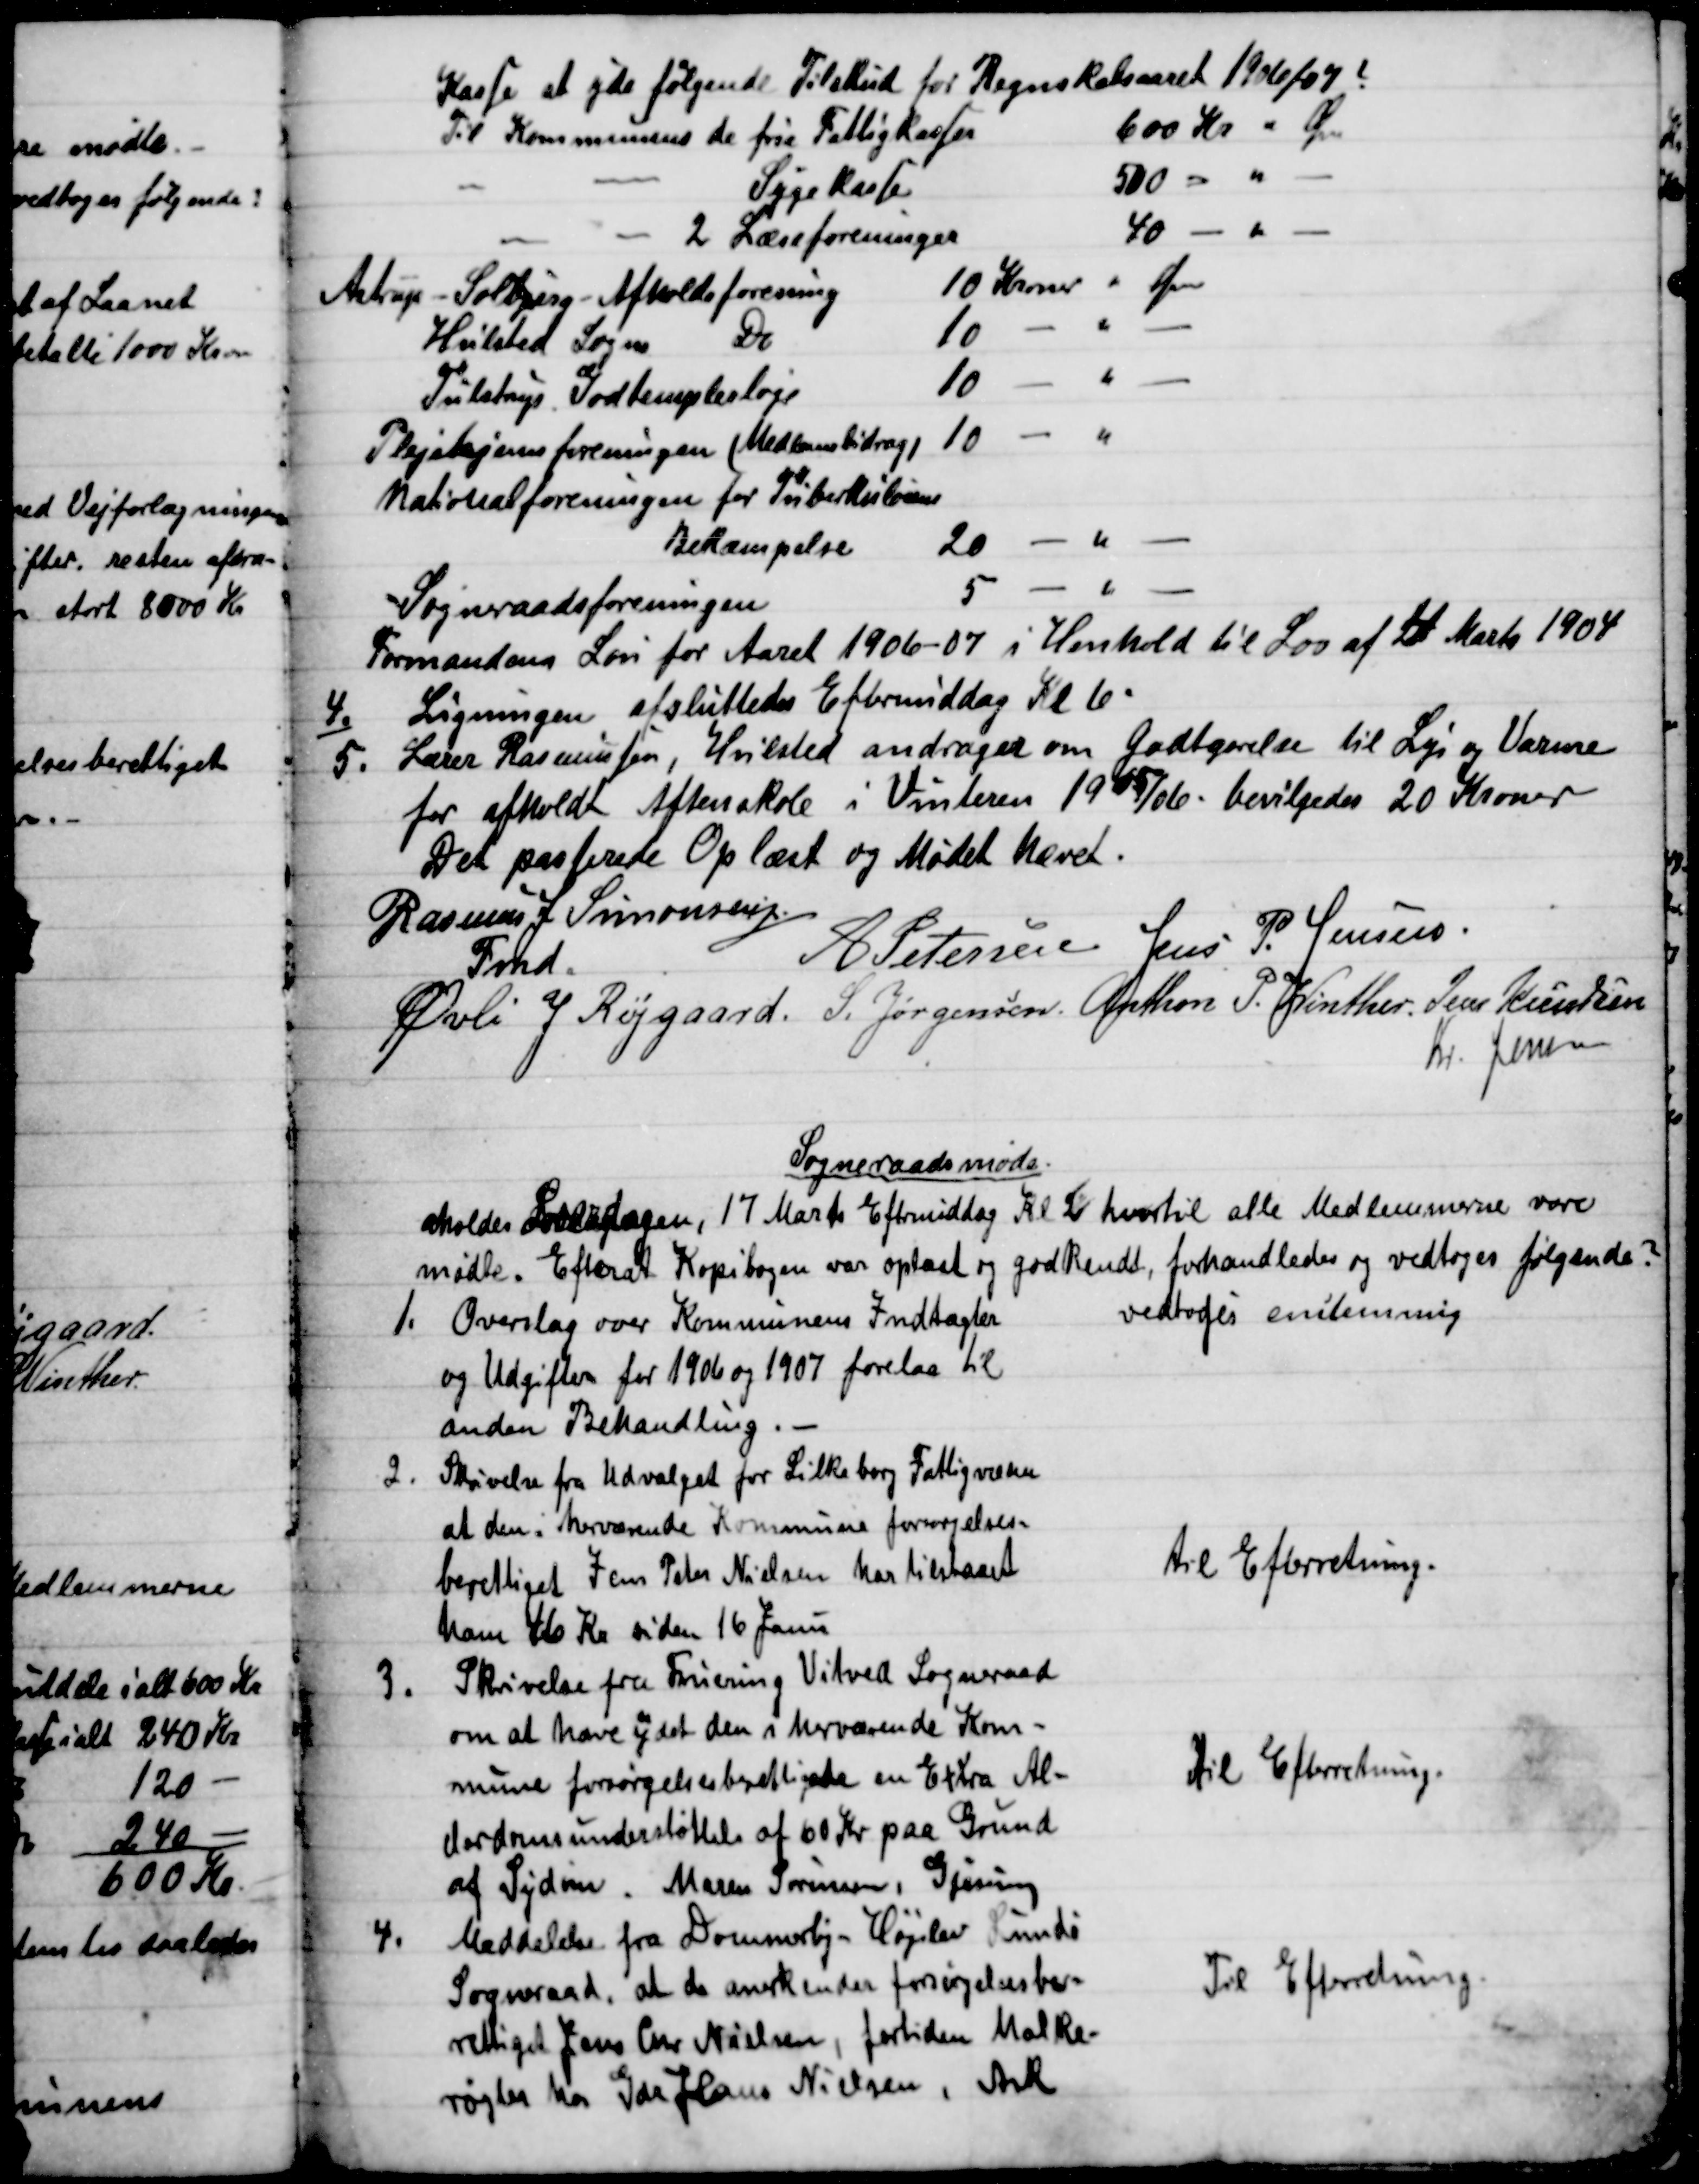
Transskription:
Kasse at yde følgende Tilskud for Regnskabsaaret 1906/07?
Til Kommunens de frie Fattigkasser
600 Kr " Øre
Sygekasse
500 
2 Læseforeninger
40 
Astrup - Solbjerg- Afholdsforening
10 Kroner " Øre
Hvilsted Sogns 
Do
10
Tulstrups Godtemplesloge
10 
Plejehjemsforeningen (Medlemsbidrag)
10 
Nationalforeningen for Tuberkulosens
Bekæmpelse
20 
Sogneraadsforeningen
5 
Formandens Løn for Aaret 1906-07 i Henhold til Lov af 4 Marts 1904
4.)
Ligningen afsluttedes Eftermiddag Kl 6.
5.
Lærer Rasmussen, Hvilsted andrager om Godtgørelse til Lys og Varme
for afholdt Aftenskole i Vinteren 1905/06 - bevilgedes 20 Kroner
Der passerede Oplæst og Mødet hævet.
Rasmus J Simonsen.
Fmd.
A Petersen Jens P. Jensen.
Øvli J Røjgaard. S. Jørgensen. Anthon P. Winther. Jens Knudsen
Kr. Jensen
Sogneraadsmøde.
aholdes Løverdagen, 17 Marts Eftermiddag Kl 2 hvortil alle Medlemmerne vare
mødte. Efterat Kopibogen var oplæst og godkendt, forhandledes og vedtoges følgende?
1. 
Overslag over Kommunens Indtægter
og Udgifter for 1906 og 1907 forelaa til
anden Behandling.
vedtoges enstemmig
2.
Skrivelse fra Udvalget for Silkeborg Fattigvæsen
at den i herværende Kommune forsørgelses-
berettiget Jens Peter Nielsen har tilstaaet
ham 46 Kr siden 16 Janu
til Efterretning.
3.
Skrivelse fra Fruering Vitved Sogneraad
om at have ydet den i herværende Kom-
mune forsørgelsesberettigede en Extra Al-
derdomsunderstøttelse af 60 Kr paa Grund
af Sydom. Maren Sørensen, Gjesing
Til Efterretning.
4.
Meddelelse fra Dommerby - Højslev Lundø
Sogneraad, at de anerkender forsørgelsesbe-
rettiget Jens Chr Nielsen, fortiden Malke-
røgter hos Gdr Hans Nielsen, Ask
Til Efterretning.